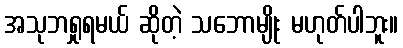
အသုဘရှုရမယ် ဆိုတဲ့ သဘောမျိုး မဟုတ်ပါဘူး။